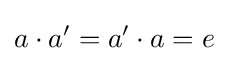
a\cdot a'=a'\cdot a=e